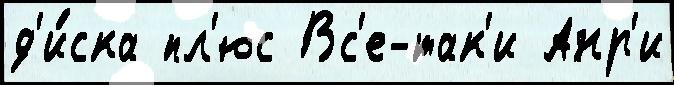
д'и́ска пл'юс Вс'е-так'и Анр'и